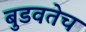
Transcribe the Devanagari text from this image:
बुडवतेच